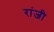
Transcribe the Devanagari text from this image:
रांजी